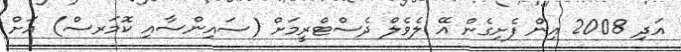
އަދި 2008 އިން ފެށިގެން އޭ ލެވެލް ދެސްޓްރީމަށް (ސައިންސާއި ކޮމަރސް) އަށް